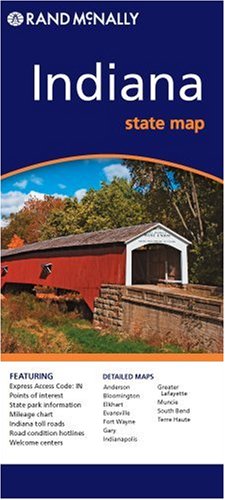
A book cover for Indiana; Rand McNally; Travel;